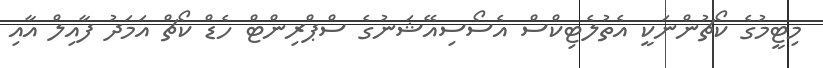
މިޓީމުގެ ކޯޗުންނަކީ އެތުލެޓިކްސް އެސޯސިއޭޝަނުގެ ސްޕްރިންޓް ހެޑް ކޯޗް އަމަދު ފާއިލް އާއި